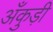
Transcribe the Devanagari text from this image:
अँकुड़ी